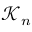
{ \mathcal { K } } _ { n }